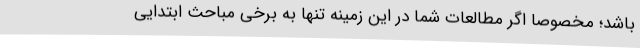
باشد؛ مخصوصا اگر مطالعات شما در این زمینه تنها به برخی مباحث ابتدایی